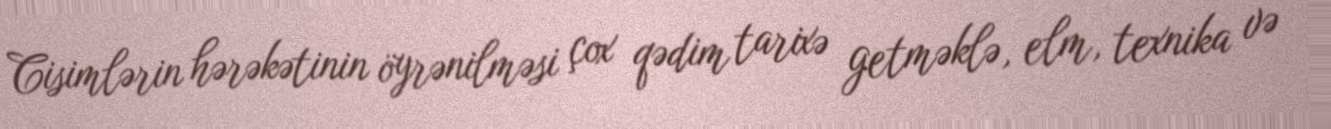
Cisimlərin hərəkətinin öyrənilməsi çox qədim tarixə getməklə, elm, texnika və